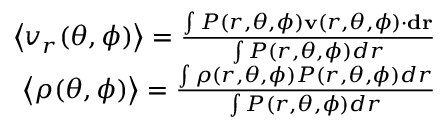
\begin{array} { r } { \left< v _ { r } ( \theta , \phi ) \right> = \frac { \int P ( r , \theta , \phi ) \mathbf { v } ( r , \theta , \phi ) \cdot \mathbf { d r } } { \int P ( r , \theta , \phi ) d r } } \\ { \left< \rho ( \theta , \phi ) \right> = \frac { \int \rho ( r , \theta , \phi ) P ( r , \theta , \phi ) d r } { \int P ( r , \theta , \phi ) d r } } \end{array}